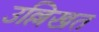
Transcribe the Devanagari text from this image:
उल्लिखत